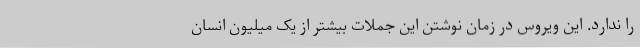
را ندارد. این ویروس در زمان نوشتن این جملات بیشتر از یک میلیون انسان